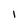
Character: 1